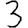
Digit: 3